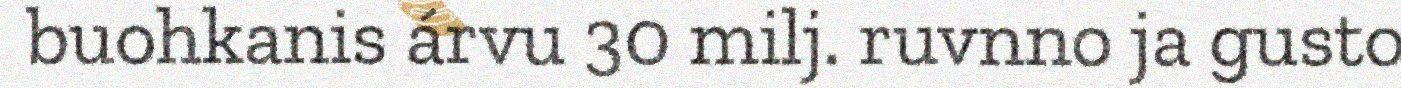
buohkanis árvu 30 milj. ruvnno ja gusto